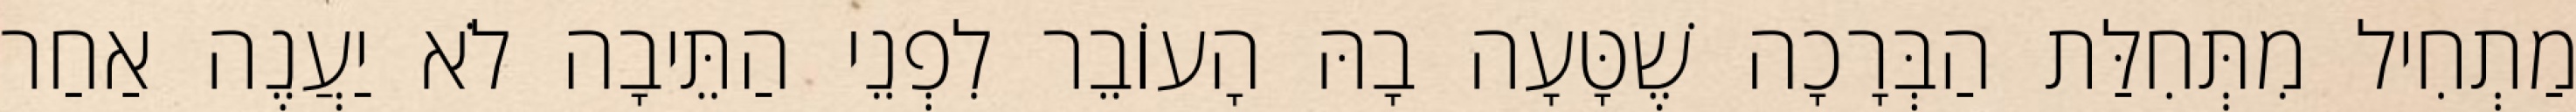
מַתְחִיל מִתְּחִלַּת הַבְּרָכָה שֶׁטָּעָה בָהּ הָעוֹבֵר לִפְנֵי הַתֵּיבָה לֹא יַעֲנֶה אַחַר